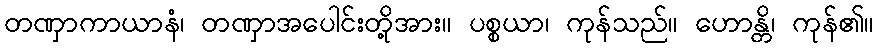
တဏှာကာယာနံ၊ တဏှာအပေါင်းတို့အား။ ပစ္စယာ၊ ကုန်သည်။ ဟောန္တိ၊ ကုန်၏။